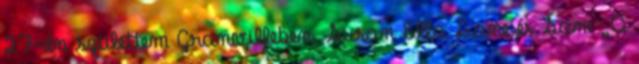
27-én születtem Granvilleben, Susan Ella Lane és Sam „A